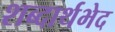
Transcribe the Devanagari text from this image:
शब्दार्थभेद